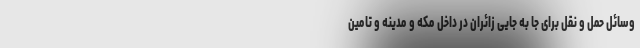
وسائل حمل و نقل برای جا به جایی زائران در داخل مکه و مدینه و تامین